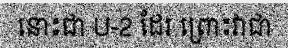
នោះជា U-2 ដែរ ព្រោះវាជា